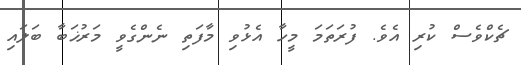
ޗެކްވެސް ކުރި އެވެ. ފުރަތަމަ މީހާ އެޅުވި މާފަތި ނެންގެވީ މަރުޚަބާ ބަލައި